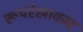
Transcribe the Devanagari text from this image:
रूपरेखाकार